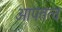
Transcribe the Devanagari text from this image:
आपतत्व